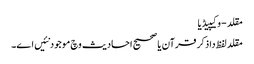
مقلد - وکیپیڈیا
مقلد لفظ دا ذکر قرآن یا صحیح احادیث وچ موجود نئیں ا‏‏ے۔